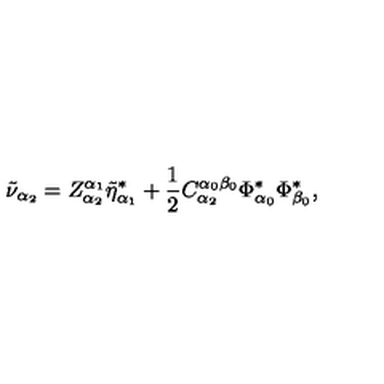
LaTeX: \tilde { \nu } _ { \alpha _ { 2 } } = Z _ { \alpha _ { 2 } } ^ { \alpha _ { 1 } } \tilde { \eta } _ { \alpha _ { 1 } } ^ { * } + \frac 1 2 C _ { \alpha _ { 2 } } ^ { \alpha _ { 0 } \beta _ { 0 } } \Phi _ { \alpha _ { 0 } } ^ { * } \Phi _ { \beta _ { 0 } } ^ { * } ,